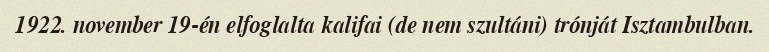
1922. november 19-én elfoglalta kalifai (de nem szultáni) trónját Isztambulban.